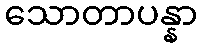
သောတာပန္နာ